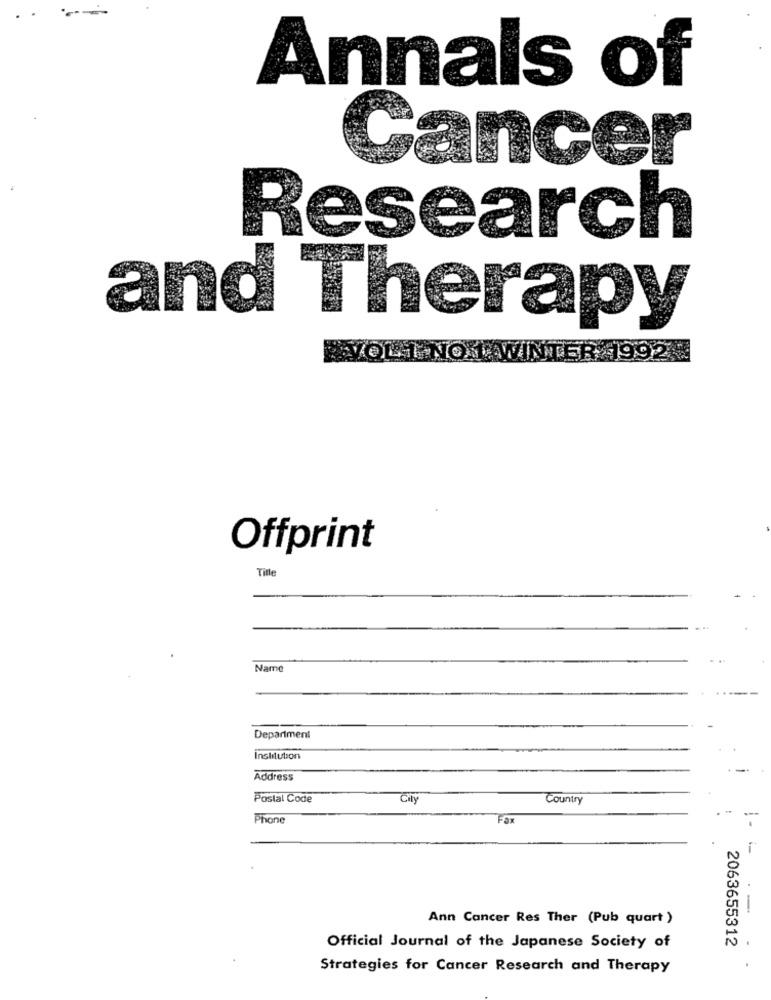
Annals of
Cancer
Research
and Therapy
1992
EVOL I.NO 1. WINTER
Offprint
Title
Name
Department
Institution
Address
Postal Code
City
Country
Phone
Fax
-
Ann Cancer Res Ther (Pub quart )
2063655312
Official Journal of the Japanese Society of
Strategies for Cancer Research and Therapy